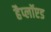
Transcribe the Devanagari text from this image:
हैप्लॉएड